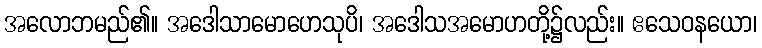
အလောဘမည်၏။ အဒေါသာမောဟေသုပိ၊ အဒေါသအမောဟတို့၌လည်း။ ဧသေဝနယော၊